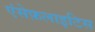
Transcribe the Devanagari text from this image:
एंसेफ़लाइटिस